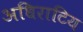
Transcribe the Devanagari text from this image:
अधिराटिय